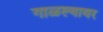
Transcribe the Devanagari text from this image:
गाळल्यावर